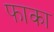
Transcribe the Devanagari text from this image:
फाका